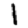
Digit: 1